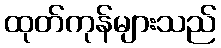
ထုတ်ကုန်များသည်